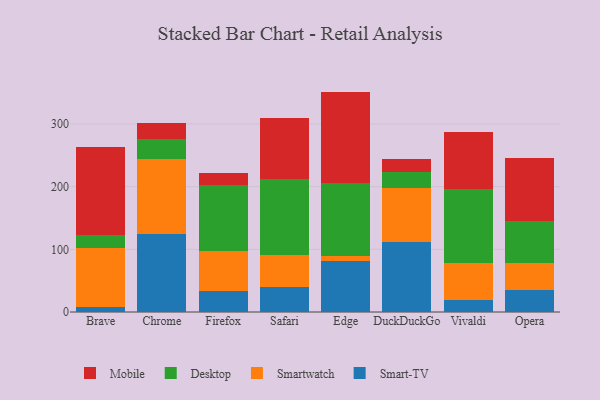
{"axis": {"x": "Browser", "y": "Gross Profit (USD K)"}, "legend": ["Desktop", "Mobile", "Smart-TV", "Smartwatch"], "data": [{"x": "Brave", "y": 8.4, "type": "Smart-TV"}, {"x": "Brave", "y": 94.1, "type": "Smartwatch"}, {"x": "Brave", "y": 20.9, "type": "Desktop"}, {"x": "Brave", "y": 140.6, "type": "Mobile"}, {"x": "Chrome", "y": 125.2, "type": "Smart-TV"}, {"x": "Chrome", "y": 119.0, "type": "Smartwatch"}, {"x": "Chrome", "y": 31.4, "type": "Desktop"}, {"x": "Chrome", "y": 25.8, "type": "Mobile"}, {"x": "Firefox", "y": 34.3, "type": "Smart-TV"}, {"x": "Firefox", "y": 63.8, "type": "Smartwatch"}, {"x": "Firefox", "y": 105.1, "type": "Desktop"}, {"x": "Firefox", "y": 18.5, "type": "Mobile"}, {"x": "Safari", "y": 40.3, "type": "Smart-TV"}, {"x": "Safari", "y": 50.2, "type": "Smartwatch"}, {"x": "Safari", "y": 122.2, "type": "Desktop"}, {"x": "Safari", "y": 96.4, "type": "Mobile"}, {"x": "Edge", "y": 81.8, "type": "Smart-TV"}, {"x": "Edge", "y": 7.4, "type": "Smartwatch"}, {"x": "Edge", "y": 115.9, "type": "Desktop"}, {"x": "Edge", "y": 146.5, "type": "Mobile"}, {"x": "DuckDuckGo", "y": 112.4, "type": "Smart-TV"}, {"x": "DuckDuckGo", "y": 85.8, "type": "Smartwatch"}, {"x": "DuckDuckGo", "y": 25.7, "type": "Desktop"}, {"x": "DuckDuckGo", "y": 20.2, "type": "Mobile"}, {"x": "Vivaldi", "y": 18.5, "type": "Smart-TV"}, {"x": "Vivaldi", "y": 59.3, "type": "Smartwatch"}, {"x": "Vivaldi", "y": 118.8, "type": "Desktop"}, {"x": "Vivaldi", "y": 90.5, "type": "Mobile"}, {"x": "Opera", "y": 35.5, "type": "Smart-TV"}, {"x": "Opera", "y": 42.8, "type": "Smartwatch"}, {"x": "Opera", "y": 67.5, "type": "Desktop"}, {"x": "Opera", "y": 100.5, "type": "Mobile"}]}